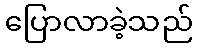
ပြောလာခဲ့သည်